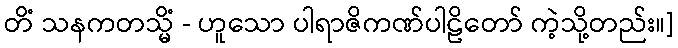
တိံ သနကတသ္မိံ - ဟူသော ပါရာဇိကဏ်ပါဠိတော် ကဲ့သို့တည်း။]